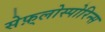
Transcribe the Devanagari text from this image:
सेफ़्लोस्पोरिन्स